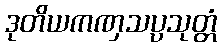
ဒုတိယကဏှသပ္ပသုတ္တံ